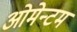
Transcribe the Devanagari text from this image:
ओमेन्टम